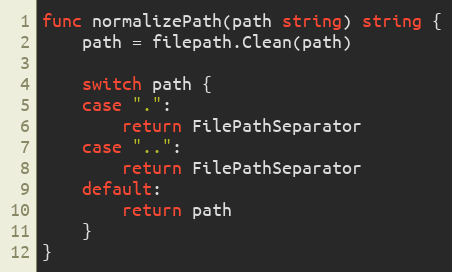
Language: Go
func normalizePath(path string) string {
	path = filepath.Clean(path)

	switch path {
	case ".":
		return FilePathSeparator
	case "..":
		return FilePathSeparator
	default:
		return path
	}
}